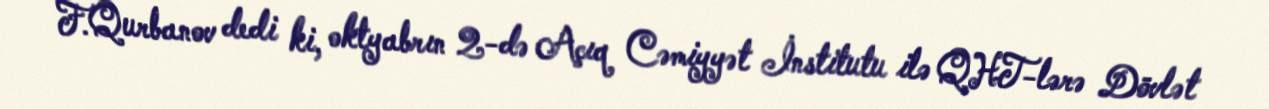
F.Qurbanov dedi ki, oktyabrın 2-də Açıq Cəmiyyət İnstitutu ilə QHT-lərə Dövlət